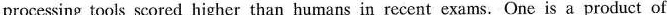
processing tools scored higher than humans in recent exams. One is a product of